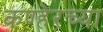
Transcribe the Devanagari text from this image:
कण्हेरच्या